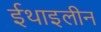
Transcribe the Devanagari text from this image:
ईथाइलीन